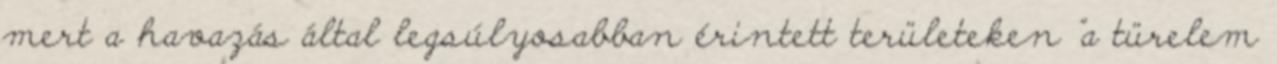
mert a havazás által legsúlyosabban érintett területeken "a türelem